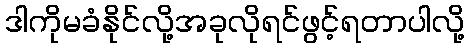
ဒါကိုမခံနိုင်လို့အခုလိုရင်ဖွင့်ရတာပါလို့